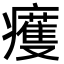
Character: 𤻙